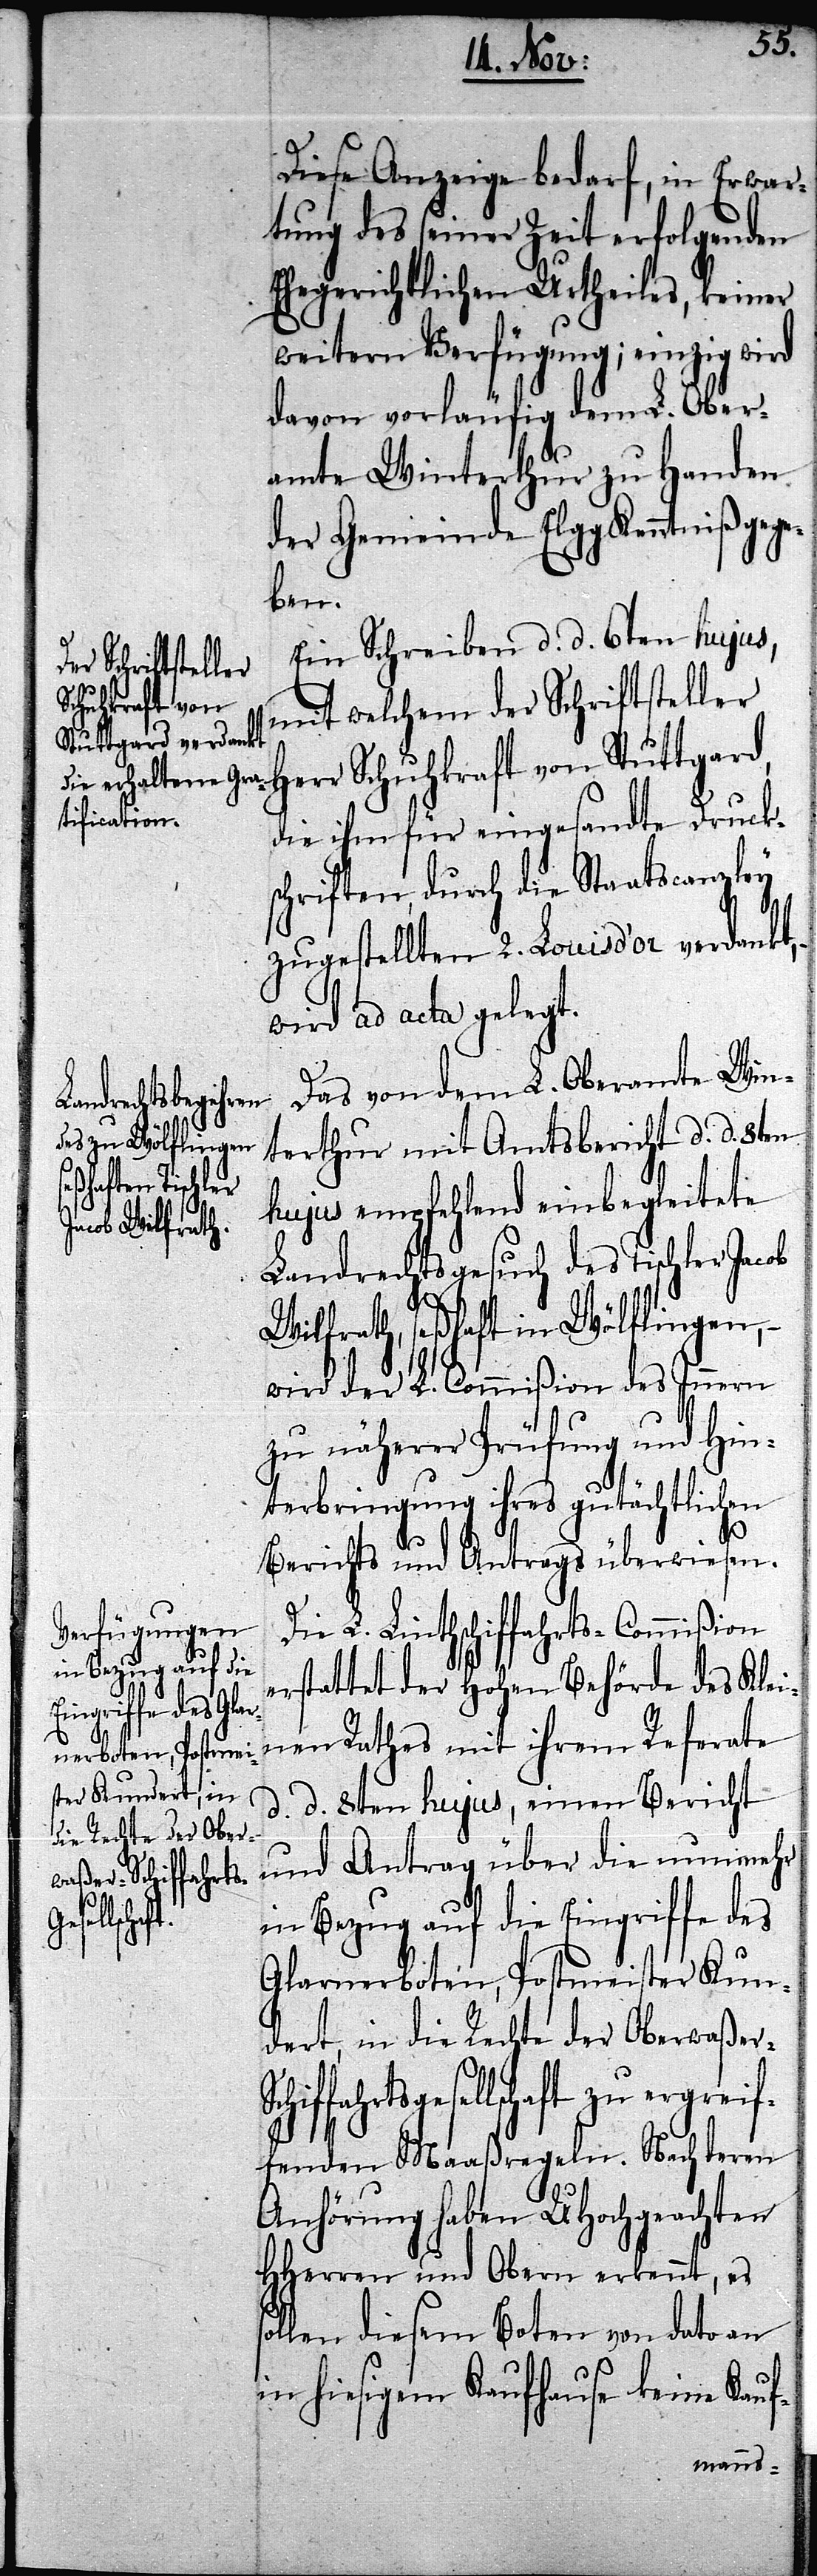
Jacob Wilfrath,
r-Schiffahrts¬

Diese Anzeige bedarf, in Erwar¬
tung des seiner Zeit erfolgenden
Ehegerichtlichen Urtheiles, keiner
weitern Verfügung; einzig wird
davon vorläufig dem L. Ober¬
amte Winterthur zu Handen
der Gemeinde Elgg Kenntniß gege¬
ben.
Ein Schreiben d. d. 6ten hujus,
mit welchem der Schriftsteller
Herr Schuhkraft von Stuttgard,
die ihm für eingesandte Druck¬
schriften, durch die Staatscanzley
zugestellten 2. Louisd’or verdankt,
wird ad acta gelegt.
Das von dem L. Oberamte Win¬
terthur mit Amtsbericht d. d. 8ten
hujus empfehlend einbegleitete
Landrechtsgesuch des Tischler
seßhaft in Wölflingen,
wird der L. Commißion des Innern
zu näherer Prüfung und Hin¬
terbringung ihres gutächtlichen
s¬
Berichts und Antrages überwiesen.
Die L. Linthschiffahrts-Commißion
rstattet der Hohen Behörde des Klei¬
nen Rathes mit ihrem Referate
d. d. 8ten hujus, einen Bericht
und Antrag über die nunmehr
in Bezug auf die Eingriffe des
Glarnerboten, Postmeister Kun¬
dert, in die Rechte der Oberwaße¬
gesellschaft zu ergreif¬
fenden Maaßregeln. Nach deren
Anhörung haben UHochgeachten
HHerren und Obern erkennt, es
ollen diesem Boten von dato an
in hiesigem Kaufhause keine Kauf-